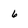
Character: 6